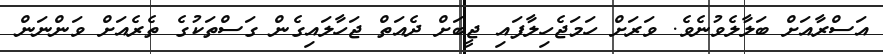
އަސްރާއަށް ބަލާލެވުނެވެ. ވަރަށް ހަމަޖެހިލާފައި ޖީބަށް ދެއަތް ޖަހާލައިގެން ގަސްތަކުގެ ތެރެއަށް ވަންނަން